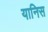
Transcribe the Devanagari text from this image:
यानिस